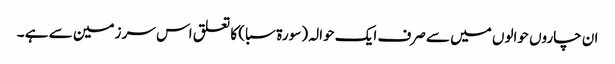
ان چاروں حوالوں میں سے صرف ایک حوالہ (سورة سبا ) کا تعلق اس سر زمین سے ہے ۔